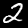
Digit: 2